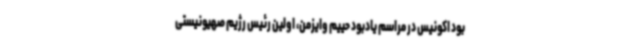
بود اکونیس در مراسم یادبود حییم وایزمن، اولین رئیس رژیم صهیونیستی